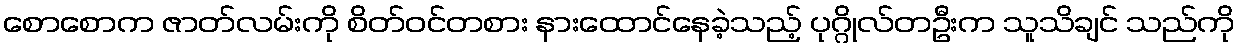
စောစောက ဇာတ်လမ်းကို စိတ်ဝင်တစား နားထောင်နေခဲ့သည့် ပုဂ္ဂိုလ်တဦးက သူသိချင် သည်ကို